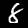
Label: 8